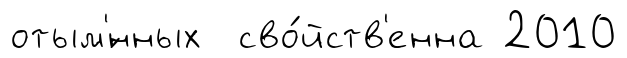
отым'́нных сво́йств'енна 2010